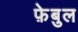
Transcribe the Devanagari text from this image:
फ़ेबुल